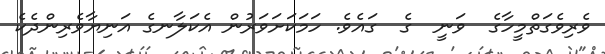
ވެރިވެގަތްމީހާގެ  ވަނީ  ގެ  ގައެވެ. ހަމަކަށަވަރުން އެކަލާނގެ އަނިޔާވެރިންދެކެ